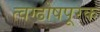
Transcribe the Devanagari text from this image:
त्वग्ढोषपूरक